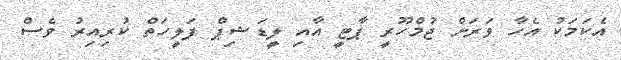
އެކަމަކު އެހާ ވަރަށް ޖުމްހޫރީ ޕާޓީ އާއި ލީޑަޝިޕް ފަލީހަތް ކުރިއިރު ވެސް